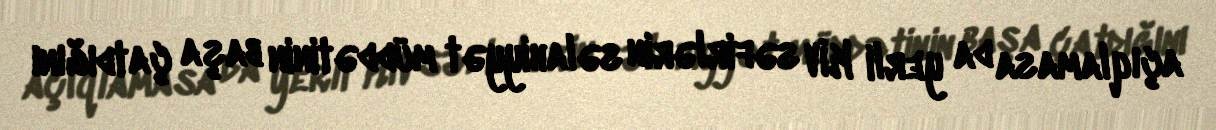
açıqlamasa da yerli KİV səfirlərin səlahiyyət müddətinin başa çatdığını